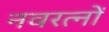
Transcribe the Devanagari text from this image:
नवरत्‍नों